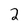
Character: 2